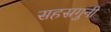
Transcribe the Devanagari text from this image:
सहस्रगुनी